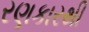
રણકારથી